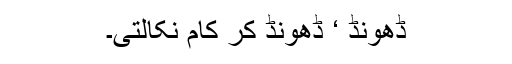
ڈھونڈ ‘ ڈھونڈ کر کام نکالتی۔